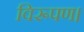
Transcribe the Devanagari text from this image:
विरूपण।